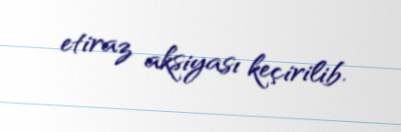
etiraz aksiyası keçirilib.